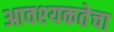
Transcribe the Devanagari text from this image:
आवश्‍यकतेचा